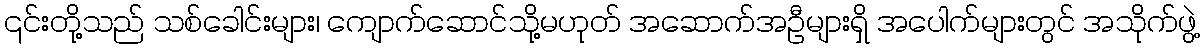
၎င်းတို့သည် သစ်ခေါင်းများ၊ ကျောက်ဆောင်သို့မဟုတ် အဆောက်အဦများရှိ အပေါက်များတွင် အသိုက်ဖွဲ့